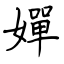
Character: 嬋